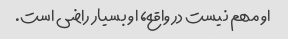
او مهم نیست در واقع، او بسیار راضی است.